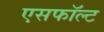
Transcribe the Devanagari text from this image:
एसफॉल्ट